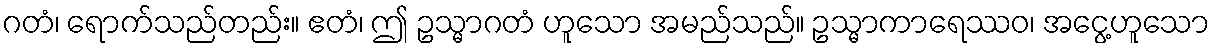
ဂတံ၊ ရောက်သည်တည်း။ ဧတံ၊ ဤ ဥသ္မာဂတံ ဟူသော အမည်သည်။ ဥသ္မာကာရေဿဝ၊ အငွေ့ဟူသော